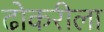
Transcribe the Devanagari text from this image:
ढोकरीला